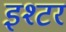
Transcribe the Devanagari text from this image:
इश्टर